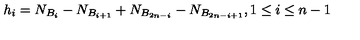
h _ { i } = N _ { B _ { i } } - N _ { B _ { i + 1 } } + N _ { B _ { 2 n - i } } - N _ { B _ { 2 n - i + 1 } } , 1 \leq i \leq n - 1